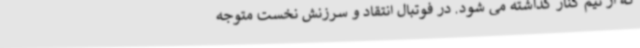
که از تیم کنار گذاشته می شود. در فوتبال انتقاد و سرزنش نخست متوجه